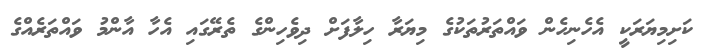
ކަށިމިޔަރަކީ އެހެނިހެން ވައްތަރުތަކުގެ މިޔަރާ ހިލާފަށް ދިވެހިންގެ ތެރޭގައި އެހާ އާންމު ވައްތަރެއްގެ